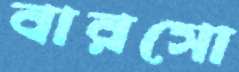
বারসো